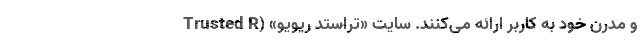
و مدرن خود به کاربر ارائه می‌کنند. سایت «تراستد ریویو» (Trusted R